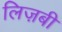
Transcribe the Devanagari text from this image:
लिज़बी